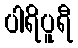
ပါရိပူရီ